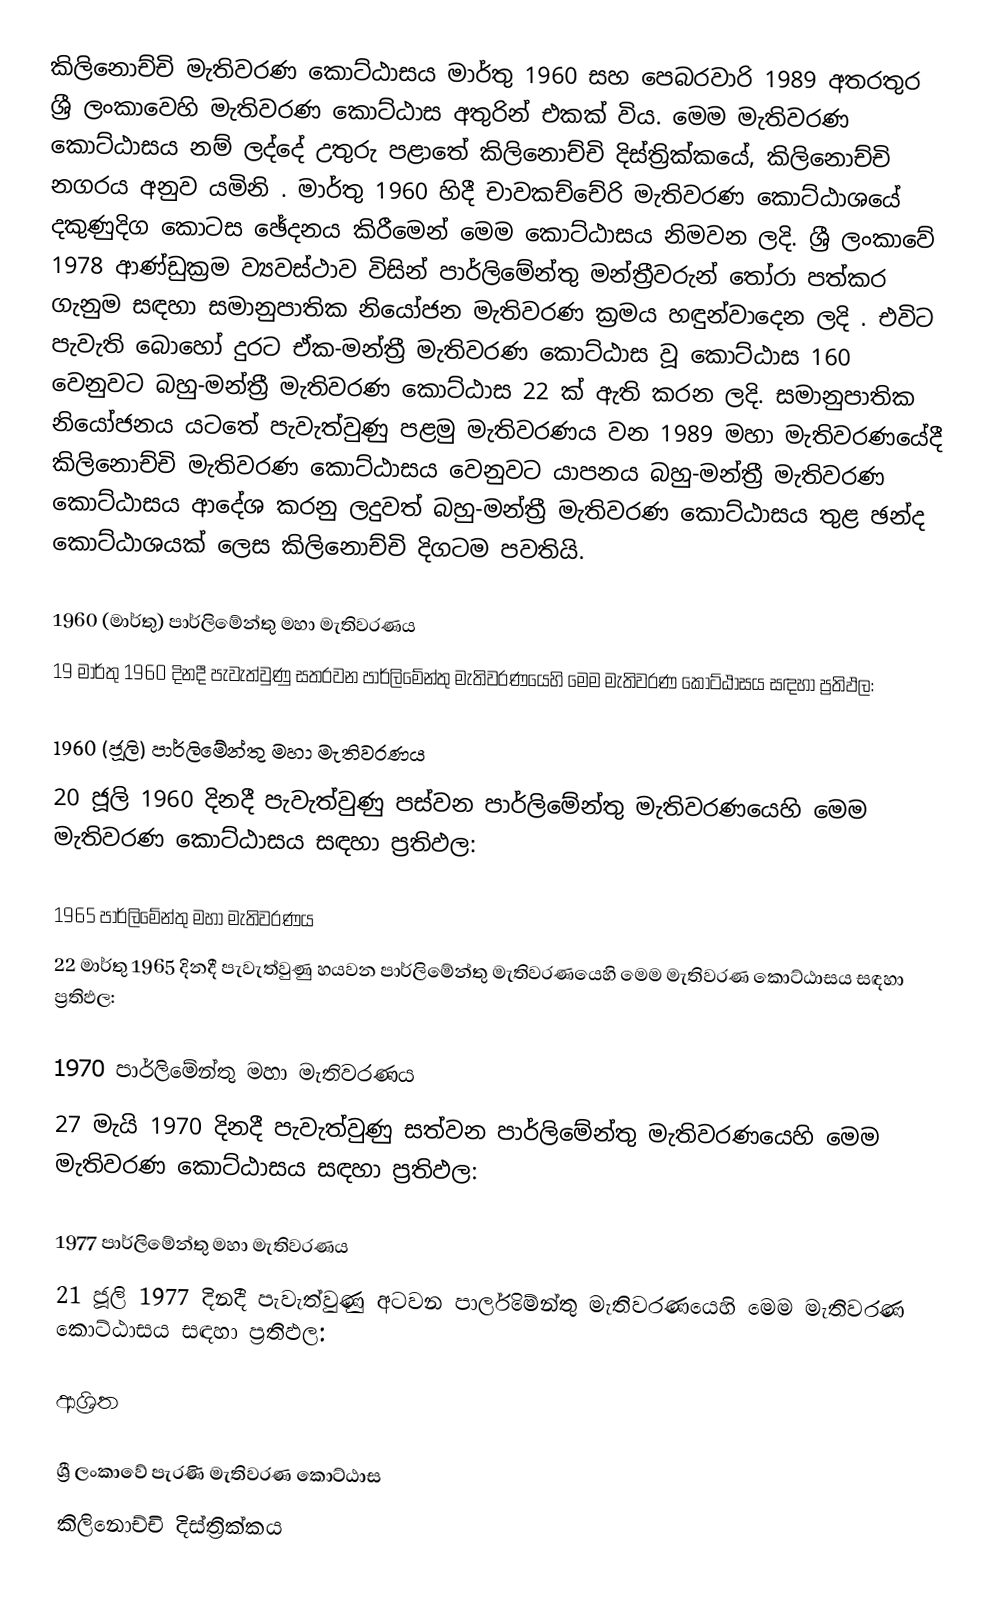
කිලිනොච්චි මැතිවරණ කොට්ඨාසය   මාර්තු 1960 සහ පෙබරවාරි 1989 අතරතුර  ශ්‍රී ලංකාවෙහි  මැතිවරණ කොට්ඨාස අතුරින් එකක් විය. මෙම මැතිවරණ කොට්ඨාසය නම් ලද්දේ උතුරු පළාතේ  කිලිනොච්චි දිස්ත්‍රික්කයේ,  කිලිනොච්චි නගරය අනුව යමිනි . මාර්තු 1960 හිදී  චාවකච්චේරි මැතිවරණ කොට්ඨාශයේ දකුණුදිග කොටස ඡේදනය කිරීමෙන් මෙම කොට්ඨාසය නිමවන ලදි. ශ්‍රී ලංකාවේ 1978 ආණ්ඩුක්‍රම ව්‍යවස්ථාව විසින්   පාර්ලිමේන්තු මන්ත්‍රීවරුන් තෝරා පත්කර ගැනුම සඳහා සමානුපාතික නියෝජන මැතිවරණ ක්‍රමය හඳුන්වාදෙන ලදි . එවිට පැවැති බොහෝ දුරට  ඒක-මන්ත්‍රී මැතිවරණ කොට්ඨාස වූ කොට්ඨාස 160 වෙනුවට බහු-මන්ත්‍රී මැතිවරණ කොට්ඨාස 22 ක් ඇති කරන ලදි. සමානුපාතික නියෝජනය යටතේ පැවැත්වුණු පළමු මැතිවරණය වන 1989 මහා මැතිවරණයේදී  කිලිනොච්චි මැතිවරණ කොට්ඨාසය වෙනුවට  යාපනය බහු-මන්ත්‍රී මැතිවරණ කොට්ඨාසය  ආදේශ කරනු ලදුවත් බහු-මන්ත්‍රී මැතිවරණ කොට්ඨාසය තුළ ඡන්ද කොට්ඨාශයක් ලෙස කිලිනොච්චි දිගටම පවතියි.

1960 (මාර්තු) පාර්ලිමේන්තු මහා මැතිවරණය
19 මාර්තු 1960 දිනදී පැවැත්වුණු  සතරවන පාර්ලිමේන්තු මැතිවරණයෙහි මෙම මැතිවරණ කොට්ඨාසය සඳහා ප්‍රතිඵල:

1960 (ජූලි) පාර්ලිමේන්තු මහා මැතිවරණය
20 ජූලි 1960 දිනදී පැවැත්වුණු  පස්වන පාර්ලිමේන්තු මැතිවරණයෙහි මෙම මැතිවරණ කොට්ඨාසය සඳහා ප්‍රතිඵල:

1965 පාර්ලිමේන්තු මහා මැතිවරණය
22 මාර්තු 1965  දිනදී පැවැත්වුණු  හයවන පාර්ලිමේන්තු මැතිවරණයෙහි මෙම මැතිවරණ කොට්ඨාසය සඳහා ප්‍රතිඵල:

1970 පාර්ලිමේන්තු මහා මැතිවරණය
27 මැයි 1970 දිනදී පැවැත්වුණු  සත්වන පාර්ලිමේන්තු මැතිවරණයෙහි මෙම මැතිවරණ කොට්ඨාසය සඳහා ප්‍රතිඵල:

1977 පාර්ලිමේන්තු මහා මැතිවරණය
21 ජූලි 1977 දිනදී පැවැත්වුණු  අටවන පාර්ලිමේන්තු මැතිවරණයෙහි මෙම මැතිවරණ කොට්ඨාසය සඳහා ප්‍රතිඵල:

ආශ්‍රිත

ශ්‍රී ලංකාවේ පැරණි මැතිවරණ කොට්ඨාස
කිලිනොච්චි දිස්ත්‍රික්කය